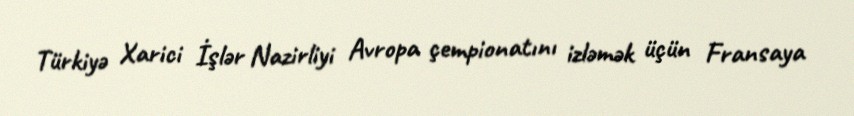
Türkiyə Xarici İşlər Nazirliyi Avropa çempionatını izləmək üçün Fransaya